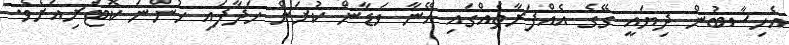
އެހިސާބުން ދިޔައީ ގޭގެ އެއްފަރާތެއްގައި އޭނާ ވަޑާން ކުރަން ހަދާފައި ހުންނަ ކޮޓަރިއަށެވެ.